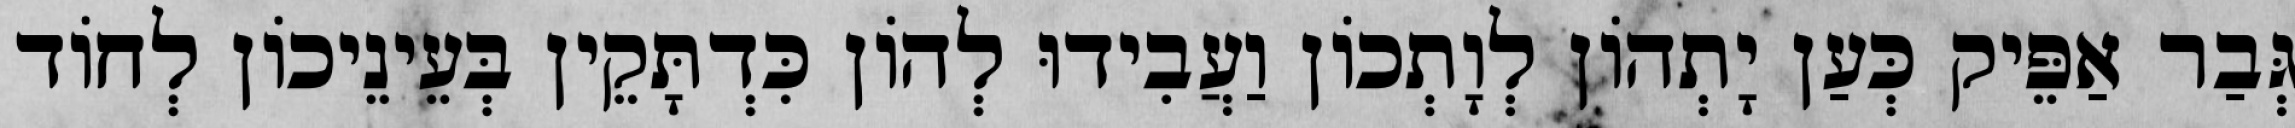
גְּבַר אַפֵּיק כְּעַן יָתְהוֹן לְוָתְכוֹן וַעֲבִידוּ לְהוֹן כִּדְתָּקֵין בְּעֵינֵיכוֹן לְחוֹד